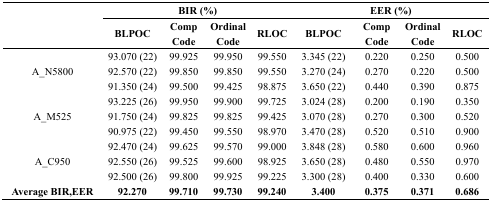
<table><thead><tr><td rowspan="3"></td><td colspan="4"><b>BIR (%)</b></td><td colspan="4"><b>EER (%)</b></td></tr><tr><td><b>BLPOC</b></td><td><b>Comp Code</b></td><td><b>Ordinal Code</b></td><td><b>RLOC</b></td><td><b>BLPOC</b></td><td><b>Comp Code</b></td><td><b>Ordinal Code</b></td><td><b>RLOC</b></td></tr></thead><tbody><tr><td rowspan="3">A_N5800</td><td>93.070 (22)</td><td>99.925</td><td>99.950</td><td>99.550</td><td>3.345 (22)</td><td>0.220</td><td>0.250</td><td>0.500</td></tr><tr><td>92.570 (22)</td><td>99.850</td><td>99.850</td><td>99.550</td><td>3.270 (24)</td><td>0.270</td><td>0.220</td><td>0.500</td></tr><tr><td>91.350 (24)</td><td>99.500</td><td>99.425</td><td>98.875</td><td>3.650 (22)</td><td>0.440</td><td>0.390</td><td>0.875</td></tr><tr><td rowspan="3">A_M525</td><td>93.225 (26)</td><td>99.950</td><td>99.900</td><td>99.725</td><td>3.024 (28)</td><td>0.200</td><td>0.190</td><td>0.350</td></tr><tr><td>91.750 (24)</td><td>99.825</td><td>99.825</td><td>99.425</td><td>3.070 (28)</td><td>0.270</td><td>0.300</td><td>0.520</td></tr><tr><td>90.975 (22)</td><td>99.450</td><td>99.550</td><td>98.970</td><td>3.470 (28)</td><td>0.520</td><td>0.510</td><td>0.900</td></tr><tr><td rowspan="3">A_C950</td><td>92.470 (24)</td><td>99.625</td><td>99.570</td><td>99.000</td><td>3.848 (28)</td><td>0.580</td><td>0.600</td><td>0.960</td></tr><tr><td>92.550 (26)</td><td>99.525</td><td>99.600</td><td>98.925</td><td>3.650 (28)</td><td>0.480</td><td>0.550</td><td>0.970</td></tr><tr><td>92.500 (26)</td><td>99.800</td><td>99.925</td><td>99.225</td><td>3.300 (28)</td><td>0.400</td><td>0.330</td><td>0.600</td></tr><tr><td><b>Average BIR,EER</b></td><td><b>92.270</b></td><td><b>99.710</b></td><td><b>99.730</b></td><td><b>99.240</b></td><td><b>3.400</b></td><td><b>0.375</b></td><td><b>0.371</b></td><td><b>0.686</b></td></tr></tbody></table>